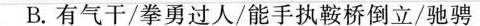
B.有气干/拳勇过人/能手执鞍桥倒立/驰骋